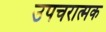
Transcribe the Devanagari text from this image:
उपचरात्मक